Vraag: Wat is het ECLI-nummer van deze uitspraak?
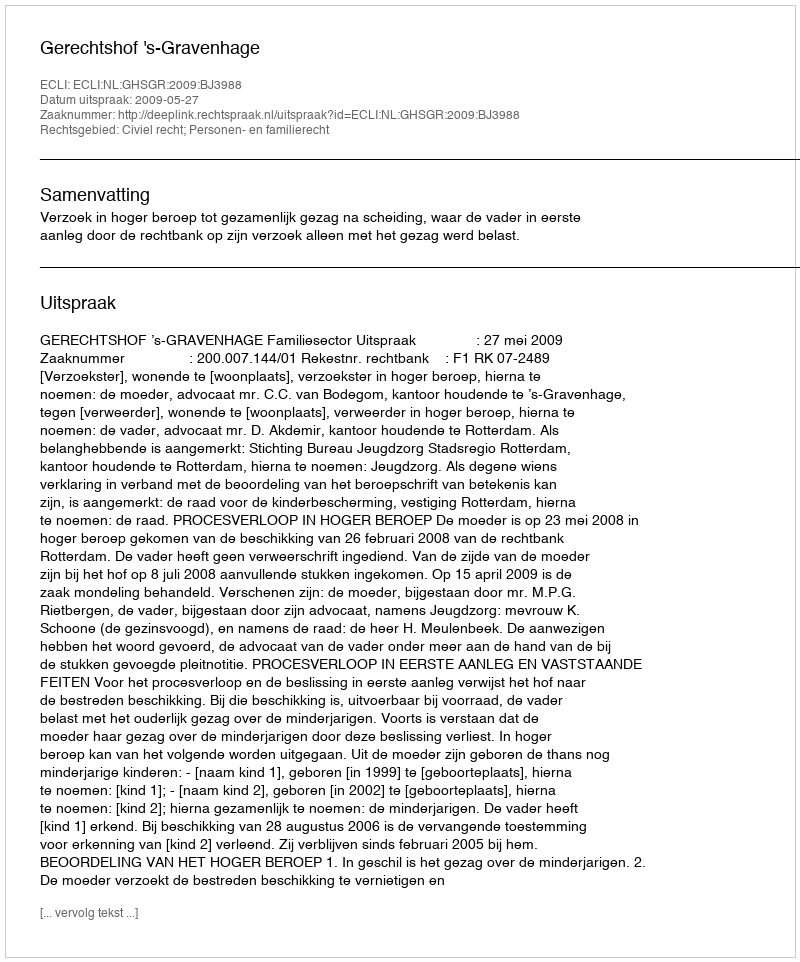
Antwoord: ECLI:NL:GHSGR:2009:BJ3988